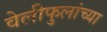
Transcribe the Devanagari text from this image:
वेलीफुलांच्या